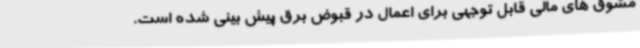
مشوق های مالی قابل توجهی برای اعمال در قبوض برق پیش بینی شده است.